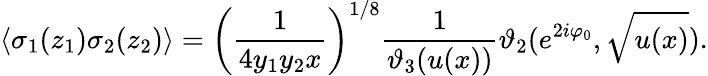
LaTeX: \langle\sigma_{1}(z_{1})\sigma_{2}(z_{2})\rangle=\left(\frac{1}{4y_{1}y_{2}x}\right)^{1/8}\frac{1}{\vartheta_{3}(u(x))}\vartheta_{2}(e^{2i\varphi_{0}},\sqrt{u(x)}).